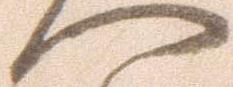
へ